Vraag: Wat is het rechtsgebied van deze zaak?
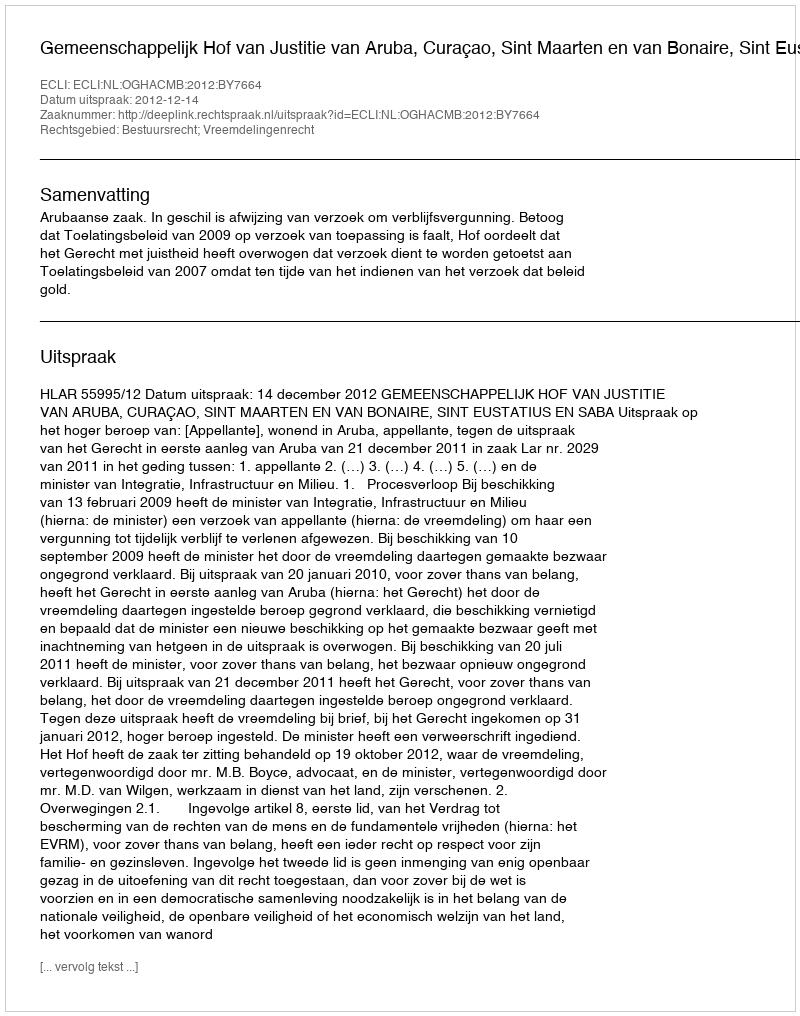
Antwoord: Bestuursrecht; Vreemdelingenrecht